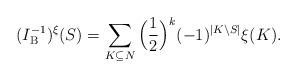
LaTeX: \begin{align*}(I_{\mathrm{B}}^{-1})^\xi(S) = \sum_{K\subseteq N}\Big(\frac{1}{2}\Big)^k(-1)^{|K\setminus S|}\xi(K).\end{align*}